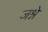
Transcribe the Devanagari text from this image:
जश्ने